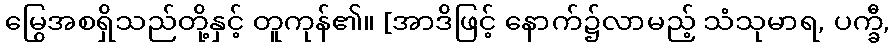
မြွေအစရှိသည်တို့နှင့် တူကုန်၏။ [အာဒိဖြင့် နောက်၌လာမည့် သံသုမာရ, ပက္ခီ,